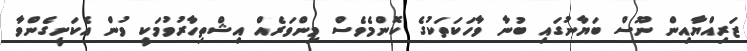
ޒަރިއްޔާއިން ނޫސް ބަޔާނުގައި ބުނާ ވާހަކަތަކުގެ ކޮންމެވެސް މިންވަރެއް އިޝްތިހާރުވުމަކީ ވުން އެކަށީގެންވާ